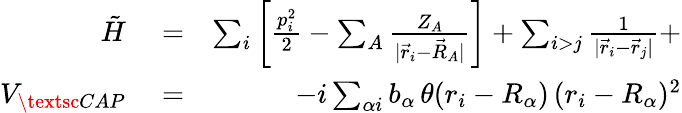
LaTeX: \begin{array}{rlr}{\tilde{H}}&{{}=}&{\sum_{i}\left[\frac{p_{i}^{2}}{2}-\sum_{A}\frac{Z_{A}}{|\vec{r}_{i}-\vec{R}_{A}|}\right]+\sum_{i>j}\frac{1}{|\vec{r}_{i}-\vec{r}_{j}|}+}\\ {V_{\textsc{CAP}}}&{{}=}&{-i\sum_{\alpha i}b_{\alpha}\, \theta(r_{i}-R_{\alpha})\, (r_{i}-R_{\alpha})^{2}}\end{array}